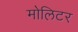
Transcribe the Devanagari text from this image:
मोलिटर